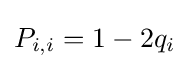
P_{i,i}=1-2q_{i}